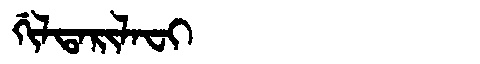
Manchu: ᡤᡳᠯᡨᠠᡵᡳᠯᠠᠸᡳ
Romanization: GILTARILAFI